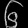
Digit: ၆